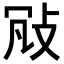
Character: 𢼐